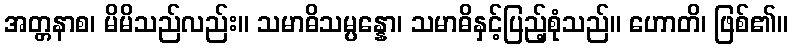
အတ္တနာစ၊ မိမိသည်လည်း။ သမာဓိသမ္ပန္နော၊ သမာဓိနှင့်ပြည့်စုံသည်။ ဟောတိ၊ ဖြစ်၏။